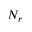
N _ { r }